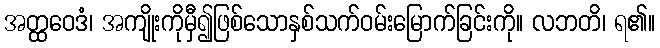
အတ္ထဝေဒံ၊ အကျိုးကိုမှီ၍ဖြစ်သောနှစ်သက်ဝမ်းမြောက်ခြင်းကို။ လဘတိ၊ ရ၏။